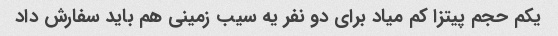
یکم حجم پیتزا کم میاد برای دو نفر یه سیب زمینی هم باید سفارش داد